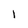
Character: 1